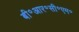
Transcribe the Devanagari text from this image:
बी॰आर॰सी॰एम॰